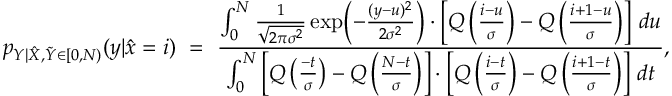
p _ { Y | \hat { X } , \tilde { Y } \in [ 0 , N ) } ( y | \hat { x } = i ) ~ = ~ \frac { \int _ { 0 } ^ { N } \frac { 1 } { \sqrt { 2 \pi \sigma ^ { 2 } } } \exp \Bigl ( - \frac { ( y - u ) ^ { 2 } } { 2 \sigma ^ { 2 } } \Bigr ) \cdot \left[ Q \left( \frac { i - u } { \sigma } \right) - Q \left( \frac { i + 1 - u } { \sigma } \right) \right] \, d u } { \int _ { 0 } ^ { N } \left[ Q \left( \frac { - t } { \sigma } \right) - Q \left( \frac { N - t } { \sigma } \right) \right] \cdot \left[ Q \left( \frac { i - t } { \sigma } \right) - Q \left( \frac { i + 1 - t } { \sigma } \right) \right] \, d t } ,